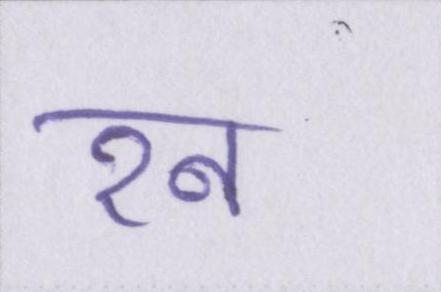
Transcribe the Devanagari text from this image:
रन